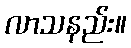
လာသနည်း။